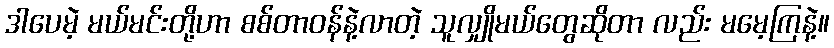
ဒါပေမဲ့ မယ်မင်းတို့ဟာ စစ်တာဝန်နဲ့လာတဲ့ သူလျှိုမယ်တွေဆိုတာ လည်း မမေ့ကြနဲ့။